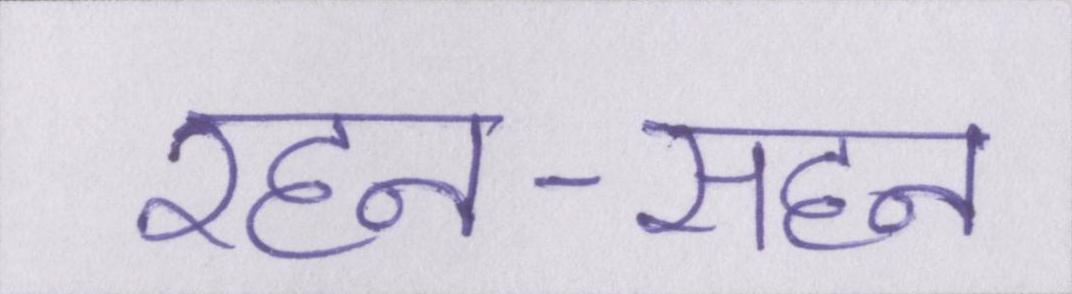
रहन-सहन